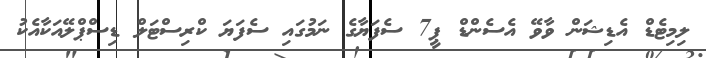
ލިމިޓެޑް އެޑިޝަން ވާވޭ އެސެންޑް ޕީ7 ސެފަޔާގެ ނަމުގައި ސެފަޔަ ކްރިސްޓަލް ޑިސްޕްލޭއަކާއެކު